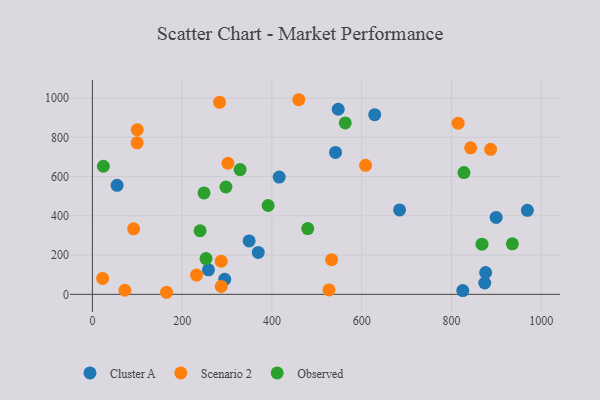
{"axis": {"x": "Price", "y": "Sales"}, "legend": ["Cluster A", "Observed", "Scenario 2"], "data": [{"x": "349.3", "y": 272.3, "type": "Cluster A"}, {"x": "825.4", "y": 19.1, "type": "Cluster A"}, {"x": "258.6", "y": 125.0, "type": "Cluster A"}, {"x": "969.3", "y": 428.0, "type": "Cluster A"}, {"x": "684.5", "y": 430.2, "type": "Cluster A"}, {"x": "294.9", "y": 76.7, "type": "Cluster A"}, {"x": "629.1", "y": 915.1, "type": "Cluster A"}, {"x": "416.3", "y": 597.3, "type": "Cluster A"}, {"x": "876.3", "y": 111.2, "type": "Cluster A"}, {"x": "874.3", "y": 57.7, "type": "Cluster A"}, {"x": "55.0", "y": 555.1, "type": "Cluster A"}, {"x": "369.6", "y": 213.4, "type": "Cluster A"}, {"x": "899.7", "y": 391.7, "type": "Cluster A"}, {"x": "541.8", "y": 723.0, "type": "Cluster A"}, {"x": "547.8", "y": 942.8, "type": "Cluster A"}, {"x": "608.7", "y": 657.4, "type": "Scenario 2"}, {"x": "887.3", "y": 738.6, "type": "Scenario 2"}, {"x": "91.9", "y": 333.6, "type": "Scenario 2"}, {"x": "287.2", "y": 40.5, "type": "Scenario 2"}, {"x": "302.1", "y": 667.7, "type": "Scenario 2"}, {"x": "72.4", "y": 20.9, "type": "Scenario 2"}, {"x": "533.1", "y": 176.8, "type": "Scenario 2"}, {"x": "287.0", "y": 169.0, "type": "Scenario 2"}, {"x": "99.7", "y": 771.7, "type": "Scenario 2"}, {"x": "815.0", "y": 872.1, "type": "Scenario 2"}, {"x": "232.1", "y": 98.2, "type": "Scenario 2"}, {"x": "165.2", "y": 10.5, "type": "Scenario 2"}, {"x": "460.0", "y": 991.4, "type": "Scenario 2"}, {"x": "842.8", "y": 746.4, "type": "Scenario 2"}, {"x": "283.4", "y": 978.0, "type": "Scenario 2"}, {"x": "100.0", "y": 838.8, "type": "Scenario 2"}, {"x": "22.8", "y": 81.2, "type": "Scenario 2"}, {"x": "527.2", "y": 22.4, "type": "Scenario 2"}, {"x": "24.5", "y": 652.6, "type": "Observed"}, {"x": "935.8", "y": 257.4, "type": "Observed"}, {"x": "248.8", "y": 516.6, "type": "Observed"}, {"x": "563.5", "y": 873.4, "type": "Observed"}, {"x": "828.0", "y": 620.2, "type": "Observed"}, {"x": "391.6", "y": 452.6, "type": "Observed"}, {"x": "240.0", "y": 324.0, "type": "Observed"}, {"x": "329.2", "y": 635.7, "type": "Observed"}, {"x": "868.2", "y": 255.6, "type": "Observed"}, {"x": "479.9", "y": 334.9, "type": "Observed"}, {"x": "253.2", "y": 182.2, "type": "Observed"}, {"x": "297.5", "y": 546.7, "type": "Observed"}]}